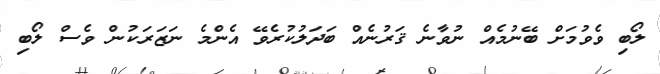
ލޯބި ވެވުމަށް ބޭނުމެއް ނުވާނެ ޤަރުނެއް ބަދަލުކުރެވޭ އެންމެ ނަޒަރަކުން ވެސް ލޯބި